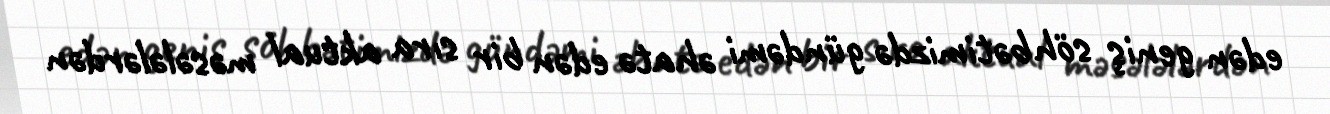
edən geniş söhbətimizdə gündəmi əhatə edən bir sıra aktual məsələlərdən